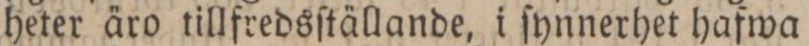
heter äro tillfredsſtällande, i ſynnerhet hafwa